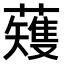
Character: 𫊆